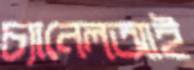
চ্যানেলআই